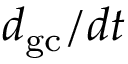
d _ { \mathrm { g c } } / d t